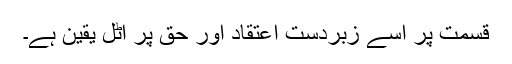
قسمت پر اُسے زبردست اعتقاد اور حق پر اٹل یقین ہے۔